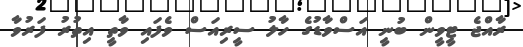
ރާއްޖެ ޓީވީން ބުނީ އަސްވާޑުގެ ހާލު ސީރިއަސް ވެފައި ވާތީ އިތުރު ފަރުވާ